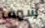
سوف